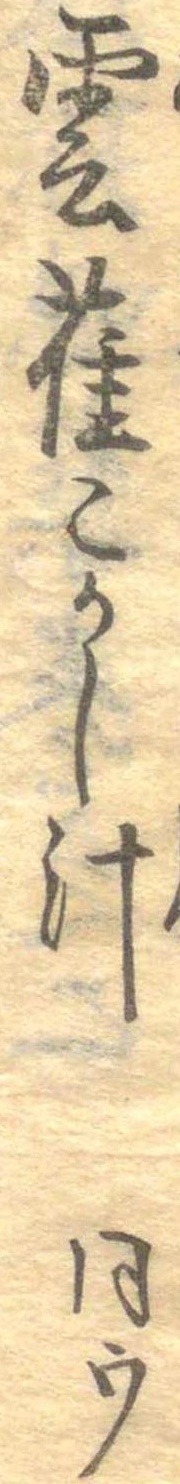
雲雀こかし汁同ウ